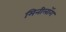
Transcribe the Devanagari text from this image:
मिनीलॉग